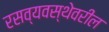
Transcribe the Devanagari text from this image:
रसव्यवस्थेवरील